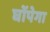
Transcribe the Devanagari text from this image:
घोंपेगा